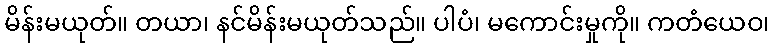
မိန်းမယုတ်။ တယာ၊ နင်မိန်းမယုတ်သည်။ ပါပံ၊ မကောင်းမှုကို။ ကတံယေဝ၊